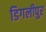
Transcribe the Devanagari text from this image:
डिगलीपुर